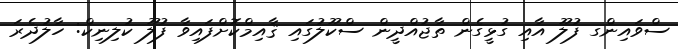
ސްވައިންގ ފުލޫ އާއި ގުޅީގެން ތާޖުއްދީން ސްކޫލުގައި ޤާއިމްކޮށްފައިވާ ފުލޫ ކުލިނިކް: ހާލުދެރަ